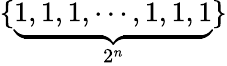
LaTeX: \{ \underbrace{1,1,1,\cdots,1,1,1}_{2^{n}}\}